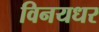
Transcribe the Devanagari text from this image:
विनयधर